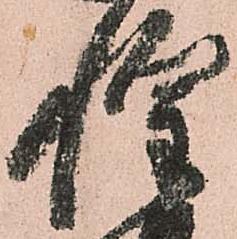
惶